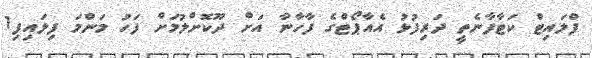
ފްލައިޓް ކަޓާފާނެތީ ދަރިފުޅު އެއާޕޯޓްގެ ފާހާނާ އަށް ދޫކޮށްލުމަށް ފަހު މަންމަ ފިލައިފި1